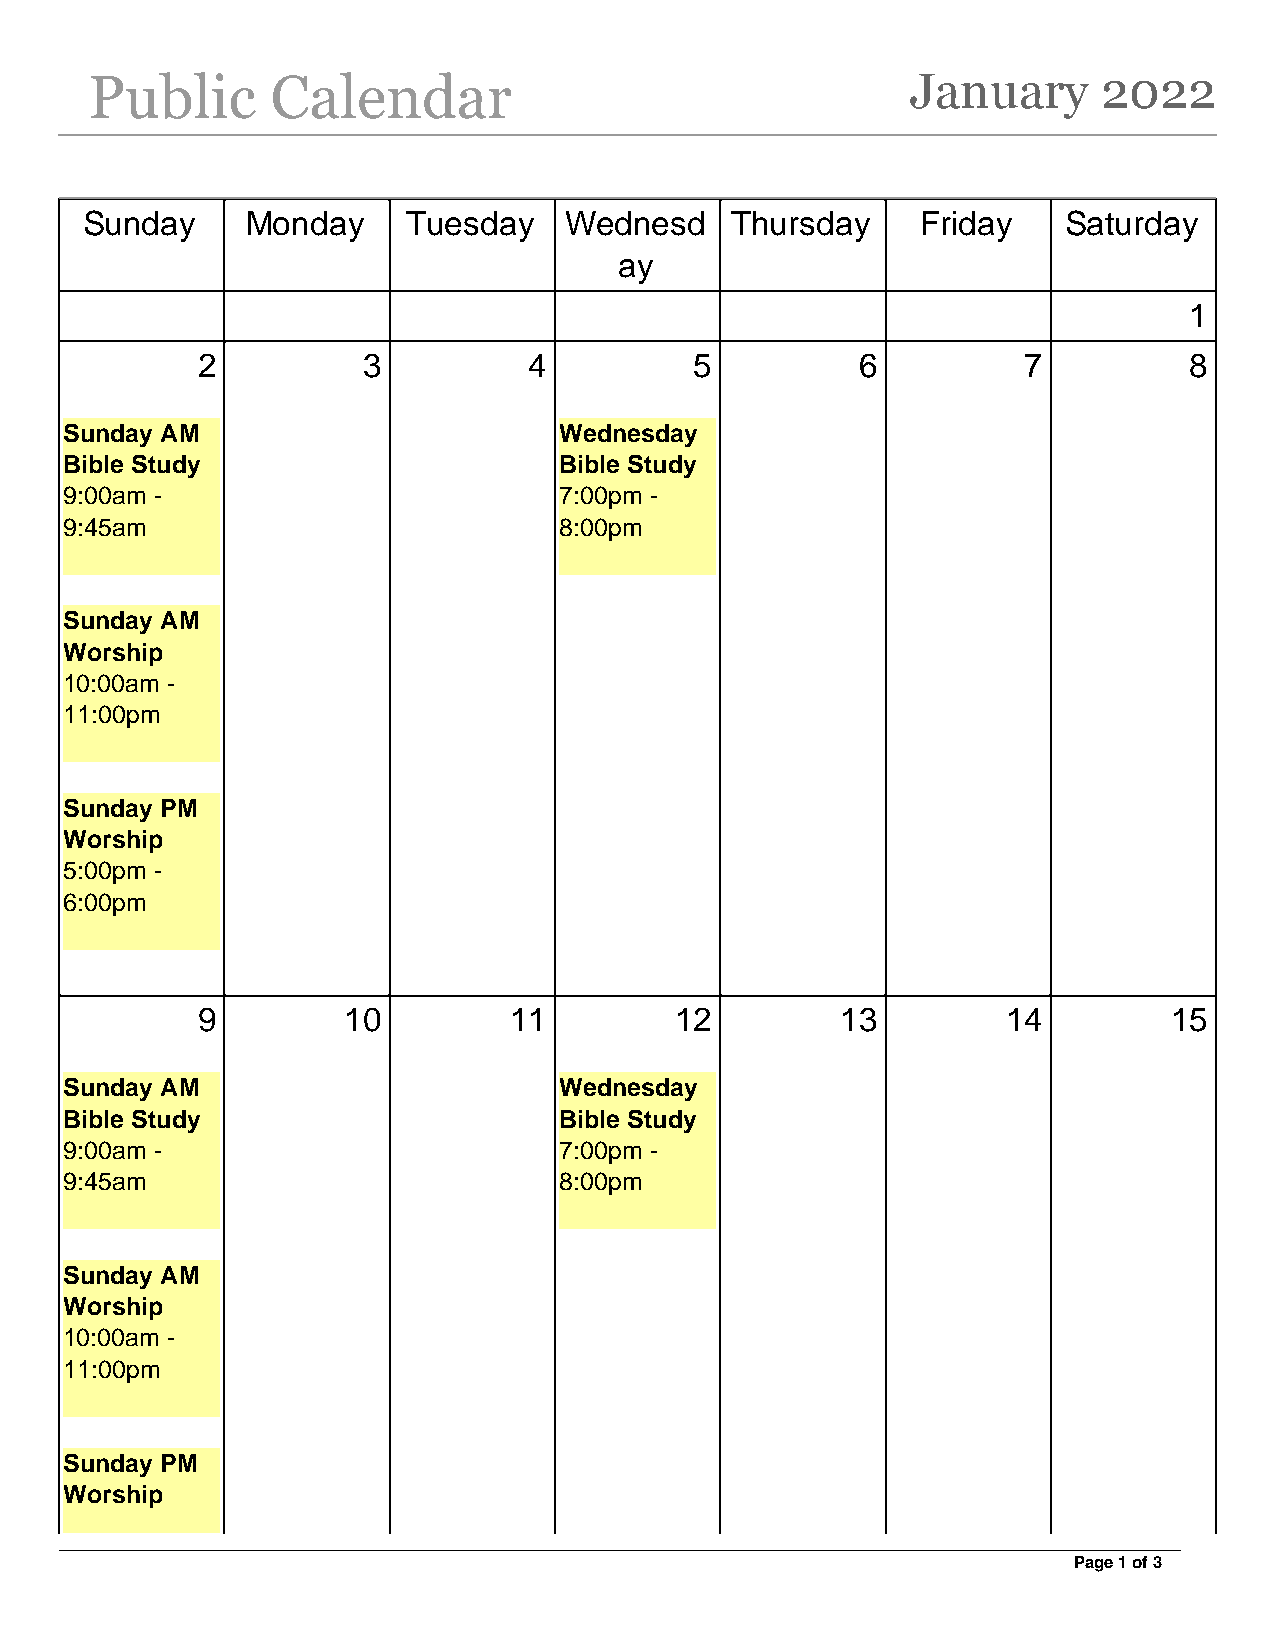
Public      Calendar                                  January      2022
 Sunday    Monday     Tuesday   Wednesd    Thursday     Friday   Saturday
 ay
 1
 2          3          4          5          6          7          8
 Sunday AM                        Wednesday
 Bible Study                      Bible Study
 9:00am -                         7:00pm -
 9:45am                           8:00pm
 Sunday AM
 Worship
 10:00am -
 11:00pm
 Sunday PM
 Worship
 5:00pm -
 6:00pm
 9         10         11         12         13         14         15
 Sunday AM                        Wednesday
 Bible Study                      Bible Study
 9:00am -                         7:00pm -
 9:45am                           8:00pm
 Sunday AM
 Worship
 10:00am -
 11:00pm
 Sunday PM
 Worship
 Page 1 of 3